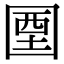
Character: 𡇽